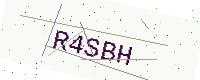
Text: R4SBH